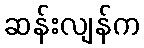
ဆန်းလျန်က